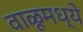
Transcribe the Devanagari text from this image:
वाळूमध्ये